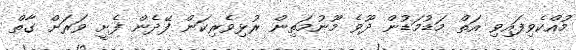
މުއްކެވިފައިވި އަތް މަޑުމަޑުން ދޫވެ މޫނުމަތިން ރުޅިވެރިކަން ފޭދެން ފެށީ ވަރަށް ގާތް